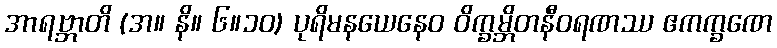
အာရဗ္ဘာတိ (အ။ နိ။ ၆။၁၀) ပုရိမနယေနေဝ ဝိက္ခမ္ဘိတနီဝရဏဿ ဧကက္ခဏေ